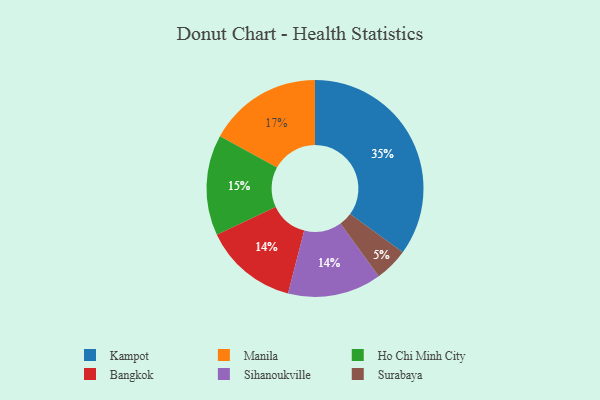
{"axis": {"x": "Category", "y": "Percentage"}, "legend": ["Bangkok", "Ho Chi Minh City", "Kampot", "Manila", "Sihanoukville", "Surabaya"], "data": [{"x": "Bangkok", "y": 14, "type": "Bangkok"}, {"x": "Ho Chi Minh City", "y": 15, "type": "Ho Chi Minh City"}, {"x": "Kampot", "y": 35, "type": "Kampot"}, {"x": "Sihanoukville", "y": 14, "type": "Sihanoukville"}, {"x": "Manila", "y": 17, "type": "Manila"}, {"x": "Surabaya", "y": 5, "type": "Surabaya"}]}